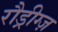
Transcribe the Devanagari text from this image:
रौड्रीग्ज़